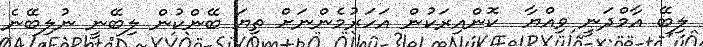
ލިބޭ އާމްދަނީ ވިއްޔާ  ކޮންއިރަކުން އަހަރުމެންނަށް ތިޔަ ބޭންކުން ލިބޭނީ ނުލިބޭނެ